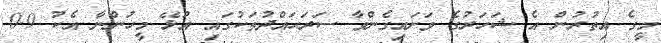
މީގެ އިތުރުން އެ ޝަހަރުގެ ވަށައިގެންވާ ސަރަޙައްދުތަކުގައި އުޅޭ މީހުންނާ އެކު 0.9